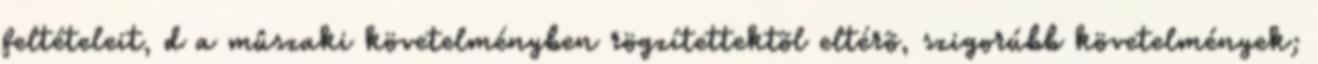
feltételeit, d a mûszaki követelményben rögzítettektõl eltérõ, szigorúbb követelmények;